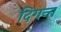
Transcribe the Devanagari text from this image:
दिगन्‍त